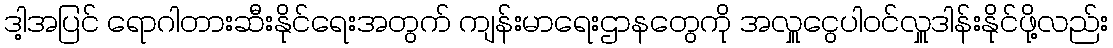
ဒါ့အပြင် ရောဂါတားဆီးနိုင်ရေးအတွက် ကျန်းမာရေးဌာနတွေကို အလှူငွေပါဝင်လှူဒါန်းနိုင်ဖို့လည်း